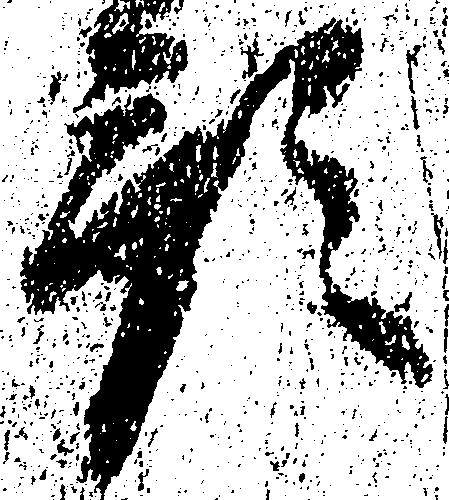
預